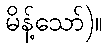
မိန့်သော်)။